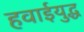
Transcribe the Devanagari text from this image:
हवाईयुद्ध